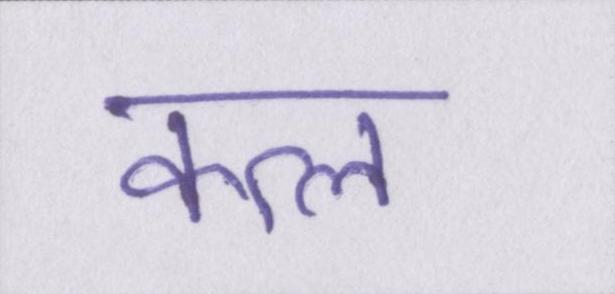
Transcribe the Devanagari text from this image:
कत्ल